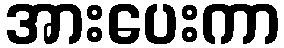
အားပေးကာ